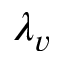
\lambda _ { v }